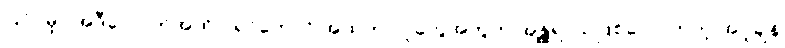
ပြင်ပမှာ အဲဒီလောက်အထိ ပူရင်တောင် အထဲက လူတွေအတွက် အန္တ္တရာယ်ဖြစ်လောက်တဲ့ အပူချိန်